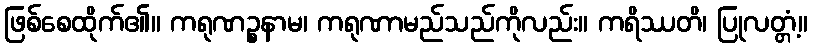
ဖြစ်စေထိုက်၏။ ကရုဏဉ္စနာမ၊ ကရုဏာမည်သည်ကိုလည်း။ ကရိဿတိ၊ ပြုလတ္တံ့။